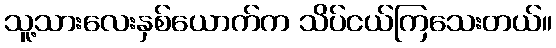
သူ့သားလေးနှစ်ယောက်က သိပ်ငယ်ကြသေးတယ်။